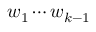
w _ { 1 } \cdots w _ { k - 1 }